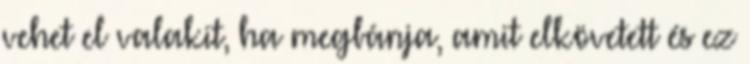
vehet el valakit, ha megbánja, amit elkövetett és ez